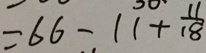
= 6 6 - 1 1 + \frac { 1 1 } { 1 8 }